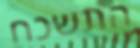
התשכח